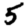
Digit: 5